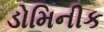
ડોમિનીક